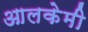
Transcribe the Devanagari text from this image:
आलकेमी